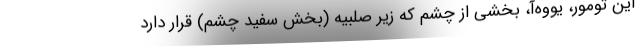
این تومور، یووه‌آ، بخشی از چشم که زیر صلبیه (بخش سفید چشم) قرار دارد